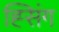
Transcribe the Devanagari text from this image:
ह्सिंग